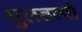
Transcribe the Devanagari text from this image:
मुलतत्वो